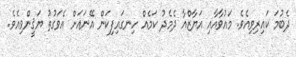
ދެބުމަ ކައިރިވިއެވެ. މައުވާއާއި އަޔާޒްއާ ދެމެދު ކަމެއް ހިނގައިފިކަން އޭނައަށް އެވަގުތު ޔަޤީންވިއެވެ.